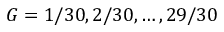
G = 1 / 3 0 , 2 / 3 0 , \dots , 2 9 / 3 0